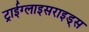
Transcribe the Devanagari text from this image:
ट्राईग्लाइसराइड्स